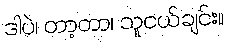
ဒါပဲ၊ တာ့တာ၊ သူငယ်ချင်း။